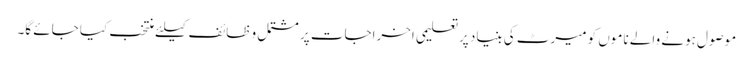
موصول ہونے والے ناموں کو میرٹ کی بنیاد پرتعلیمی اخراجات پر مشتمل و ظائف کیلئے منتخب کیا جائے گا۔